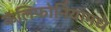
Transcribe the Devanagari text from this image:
कॅलिफोर्नियामधे